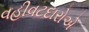
વહીવટદારોએ